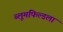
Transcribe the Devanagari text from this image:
ब्लूमफिल्डला